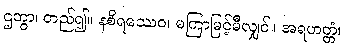
ဌတွာ၊ တည်၍။ နစိရဿေဝ၊ မကြာမြင့်မီလျှင်။ အရဟတ္တံ၊